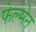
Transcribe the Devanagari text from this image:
फेल्मेन